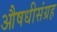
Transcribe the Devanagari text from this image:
औषधीसंग्रह